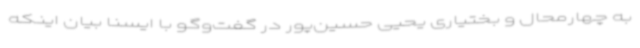
به چهارمحال و بختیاری یحیی حسین‌پور در گفت‌وگو با ایسنا بیان اینکه